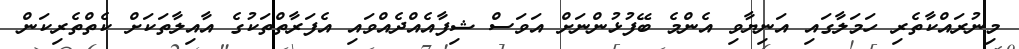
މިނުރައްކާތެރި ހަމަލާގައި އަނިޔާވި އެންމެ ބޭފުޅުންނަށް އަވަސް ޝިފާއެއްދެއްވައި އެފަރާތްތަކުގެ އާއިލާތަކަށް ކެތްތެރިކަން